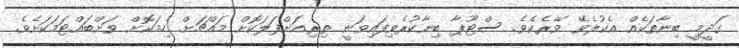
ގަދީމީ ބިނާތަކެއް އެކުލެވޭ ވޭރެކެވެ. ސްޓޫޕާ ބިނާކުރެވިފައިވަނީ ތިރިއަށްފަލަކޮށް މައްޗަށް ހިމަކޮށް ވަށްބައްޓަމަކަށެވެ.